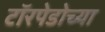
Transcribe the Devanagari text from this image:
टॉरपेडोच्या